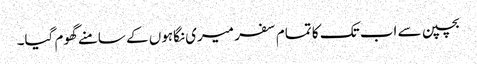
بچپن سے اب تک کا تمام سفر میری نگاہوں کے سامنے گھوم گیا۔